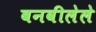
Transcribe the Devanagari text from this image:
बनवीलेले